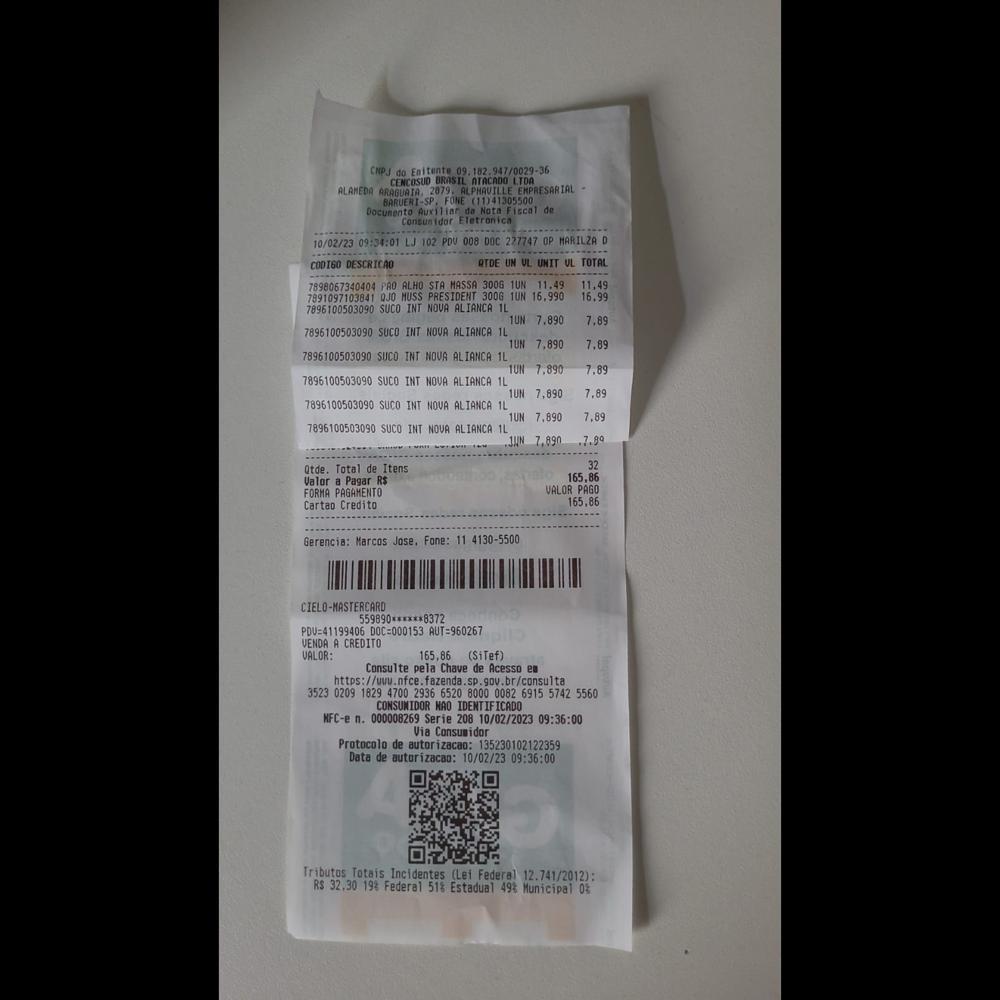
CHPJ do Enitente 09.182.947/0029-36 CENCOSUD BRASIL ATACADO LTDA ALAMEDA ARAGUAIA 2079. ALPHAVILLE EMPRESARIAL BARUERI-SP, FONE (11)41305500 Docunento Auxiliarda Nota Ficcal de Consunidor Eletronica 10/02/23 09:34:01 LJ 102. POU 008 DOC 227747 OP MARILZA D 7898067340404 PRO ALHO STA MASSA 3006 1UN 11.49 11,49 7891097103841 QJO MUSS PRESIDENT 300G 1UN 16.990 16.99 7896100503090 SUCO INT NOVA ALIANCA IL 7896100503090 SUCO INT NOVA ALIANCA 1L 7896100503090 SUCO INT NOVA ALIANCA 1L 7896100503090 SUCO INT NOVA ALIANCA 1L 7896100503090 SUCO INT NOVA ALIANCA 1L 7896100503090 SUCO INT NOVA ALI IANCA 1L Otde. Total de Itens Valor a Pagar RS FORMA PAGAMENTO Cartao Credito CODIGO DESCRICAO QTDE UN UL UNIT UL TOTAL 1UN 7.890 7.89 1UN 7,890 7,89 1UN 7,890 7.89 1UN 7,890 7.89 1UN 7,890 7,89 JUN 7,890. .7.89 32 165,86 VALOR PAGO 165.86 Gerencia: Marcos Jose, Fone: 11 4130-5500 CIELO-MASTERCARD 559890***3*:8372 PDVE41199406 DOC=000153 AUTE960267 VENDA A CREDITO VALOR: 165,86 (SiTef) Consulte pela Chave de Acesso ea ntos./ww.ttce.Tazena.9.sew.briconsulta 3523 0209 1829.4 4700 2936 6520 8000 0082 6915 57425 5560 CONSUNIDOR NAO IDENTIFICADO MFC-e n. 000008269 Serie 208 10/02/2023 09:36:00 Via Consumidor Protocolo de autorizacao: 135230102122359 Data de autorizacao: 10/02/23 09:36:00 Tributos Totais Incidentes (Lei Federal 12.741/2012): RS 32.30 198 Federal 518 Estadual 498 Municipal 03